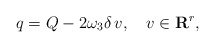
\begin{align*}q=Q-2\omega_3\delta\,v,\quad v\in{\bf R}^r, \end{align*}